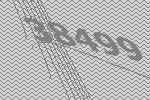
38499